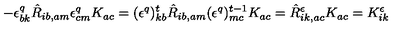
- \epsilon _ { b k } ^ { q } \hat { R } _ { i b , a m } \epsilon _ { c m } ^ { q } K _ { a c } = ( \epsilon ^ { q } ) _ { k b } ^ { t } \hat { R } _ { i b , a m } ( \epsilon ^ { q } ) _ { m c } ^ { t - 1 } K _ { a c } = \hat { R } ^ { \epsilon } _ { i k , a c } K _ { a c } = K _ { i k } ^ { \epsilon }